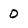
Character: D